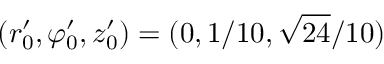
( r _ { 0 } ^ { \prime } , \varphi _ { 0 } ^ { \prime } , z _ { 0 } ^ { \prime } ) = ( 0 , 1 / 1 0 , \sqrt { 2 4 } / 1 0 )